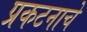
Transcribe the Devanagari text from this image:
प्रकटनाचे